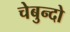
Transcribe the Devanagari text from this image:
चेबुन्दो